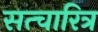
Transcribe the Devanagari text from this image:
सत्चारित्र